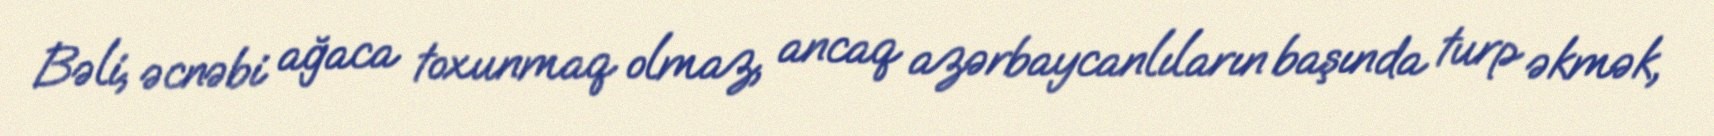
Bəli, əcnəbi ağaca toxunmaq olmaz, ancaq azərbaycanlıların başında turp əkmək,